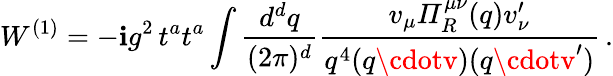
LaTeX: W^{(1)}=-\mathbf{i}g^{2}\, t^{a}t^{a}\int\frac{{d^{d}q}}{{(2\pi)^{d}}}\frac{{v_{\mu}{\mit\Pi}_{R}^{\mu\nu}(q)v_{\nu}^{\prime}}}{{q^{4}(q\cdotv)(q\cdotv^{\prime})}}\, .